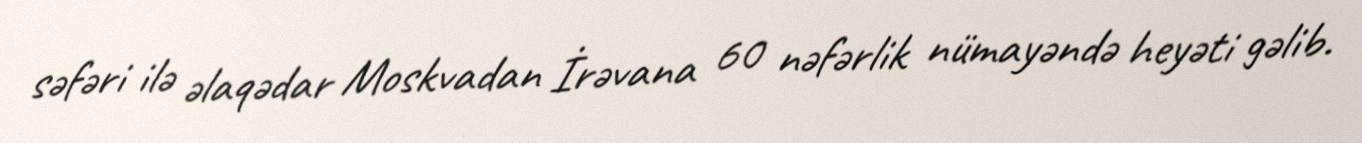
səfəri ilə əlaqədar Moskvadan İrəvana 60 nəfərlik nümayəndə heyəti gəlib.